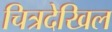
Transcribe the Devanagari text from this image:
चित्रदेखिल